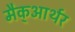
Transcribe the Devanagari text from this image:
मैक्‌आर्थर